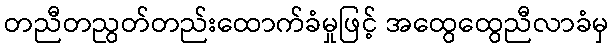
တညီတညွတ်တည်းထောက်ခံမှုဖြင့် အထွေထွေညီလာခံမှ